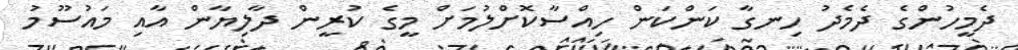
ދެމީހުންގެ ދެމެދު ހިނގާ ކަންކަން ހިއްސާކޮށްލުމަށް މީގެ ކުރީން ދާލިޔާން އާއި މައުސޫމު